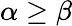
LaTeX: \alpha\ge\beta